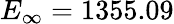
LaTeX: E_{\infty}=1355.09